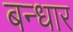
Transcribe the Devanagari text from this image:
बन्धार